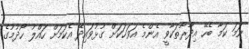
ނަމަ ކަމާ ބެހޭ އިދާރާތަކާވީ އެންމެ އަވަހަކަށް ގުޅުވައިދޭ އެކަމަށް ހައްލު ހޯދުމުގެ